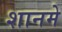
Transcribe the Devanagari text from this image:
शानमे